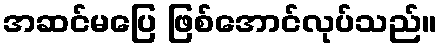
အဆင်မပြေ ဖြစ်အောင်လုပ်သည်။